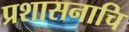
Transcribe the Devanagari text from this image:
प्रशासनाचि